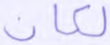
لكان